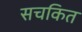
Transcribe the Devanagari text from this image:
सचकित